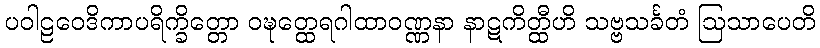
ပဝါဠဝေဒိကာပရိက္ခိတ္တော ဝဍ္ဎတ္ထေရဂါထာဝဏ္ဏနာ နာဋကိတ္ထီဟိ သဗ္ဗသင်္ခတံ ဩသာပေတိ